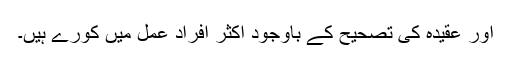
اور عقیدہ کی تصحیح کے باوجود اکثر افراد عمل میں کورے ہیں۔